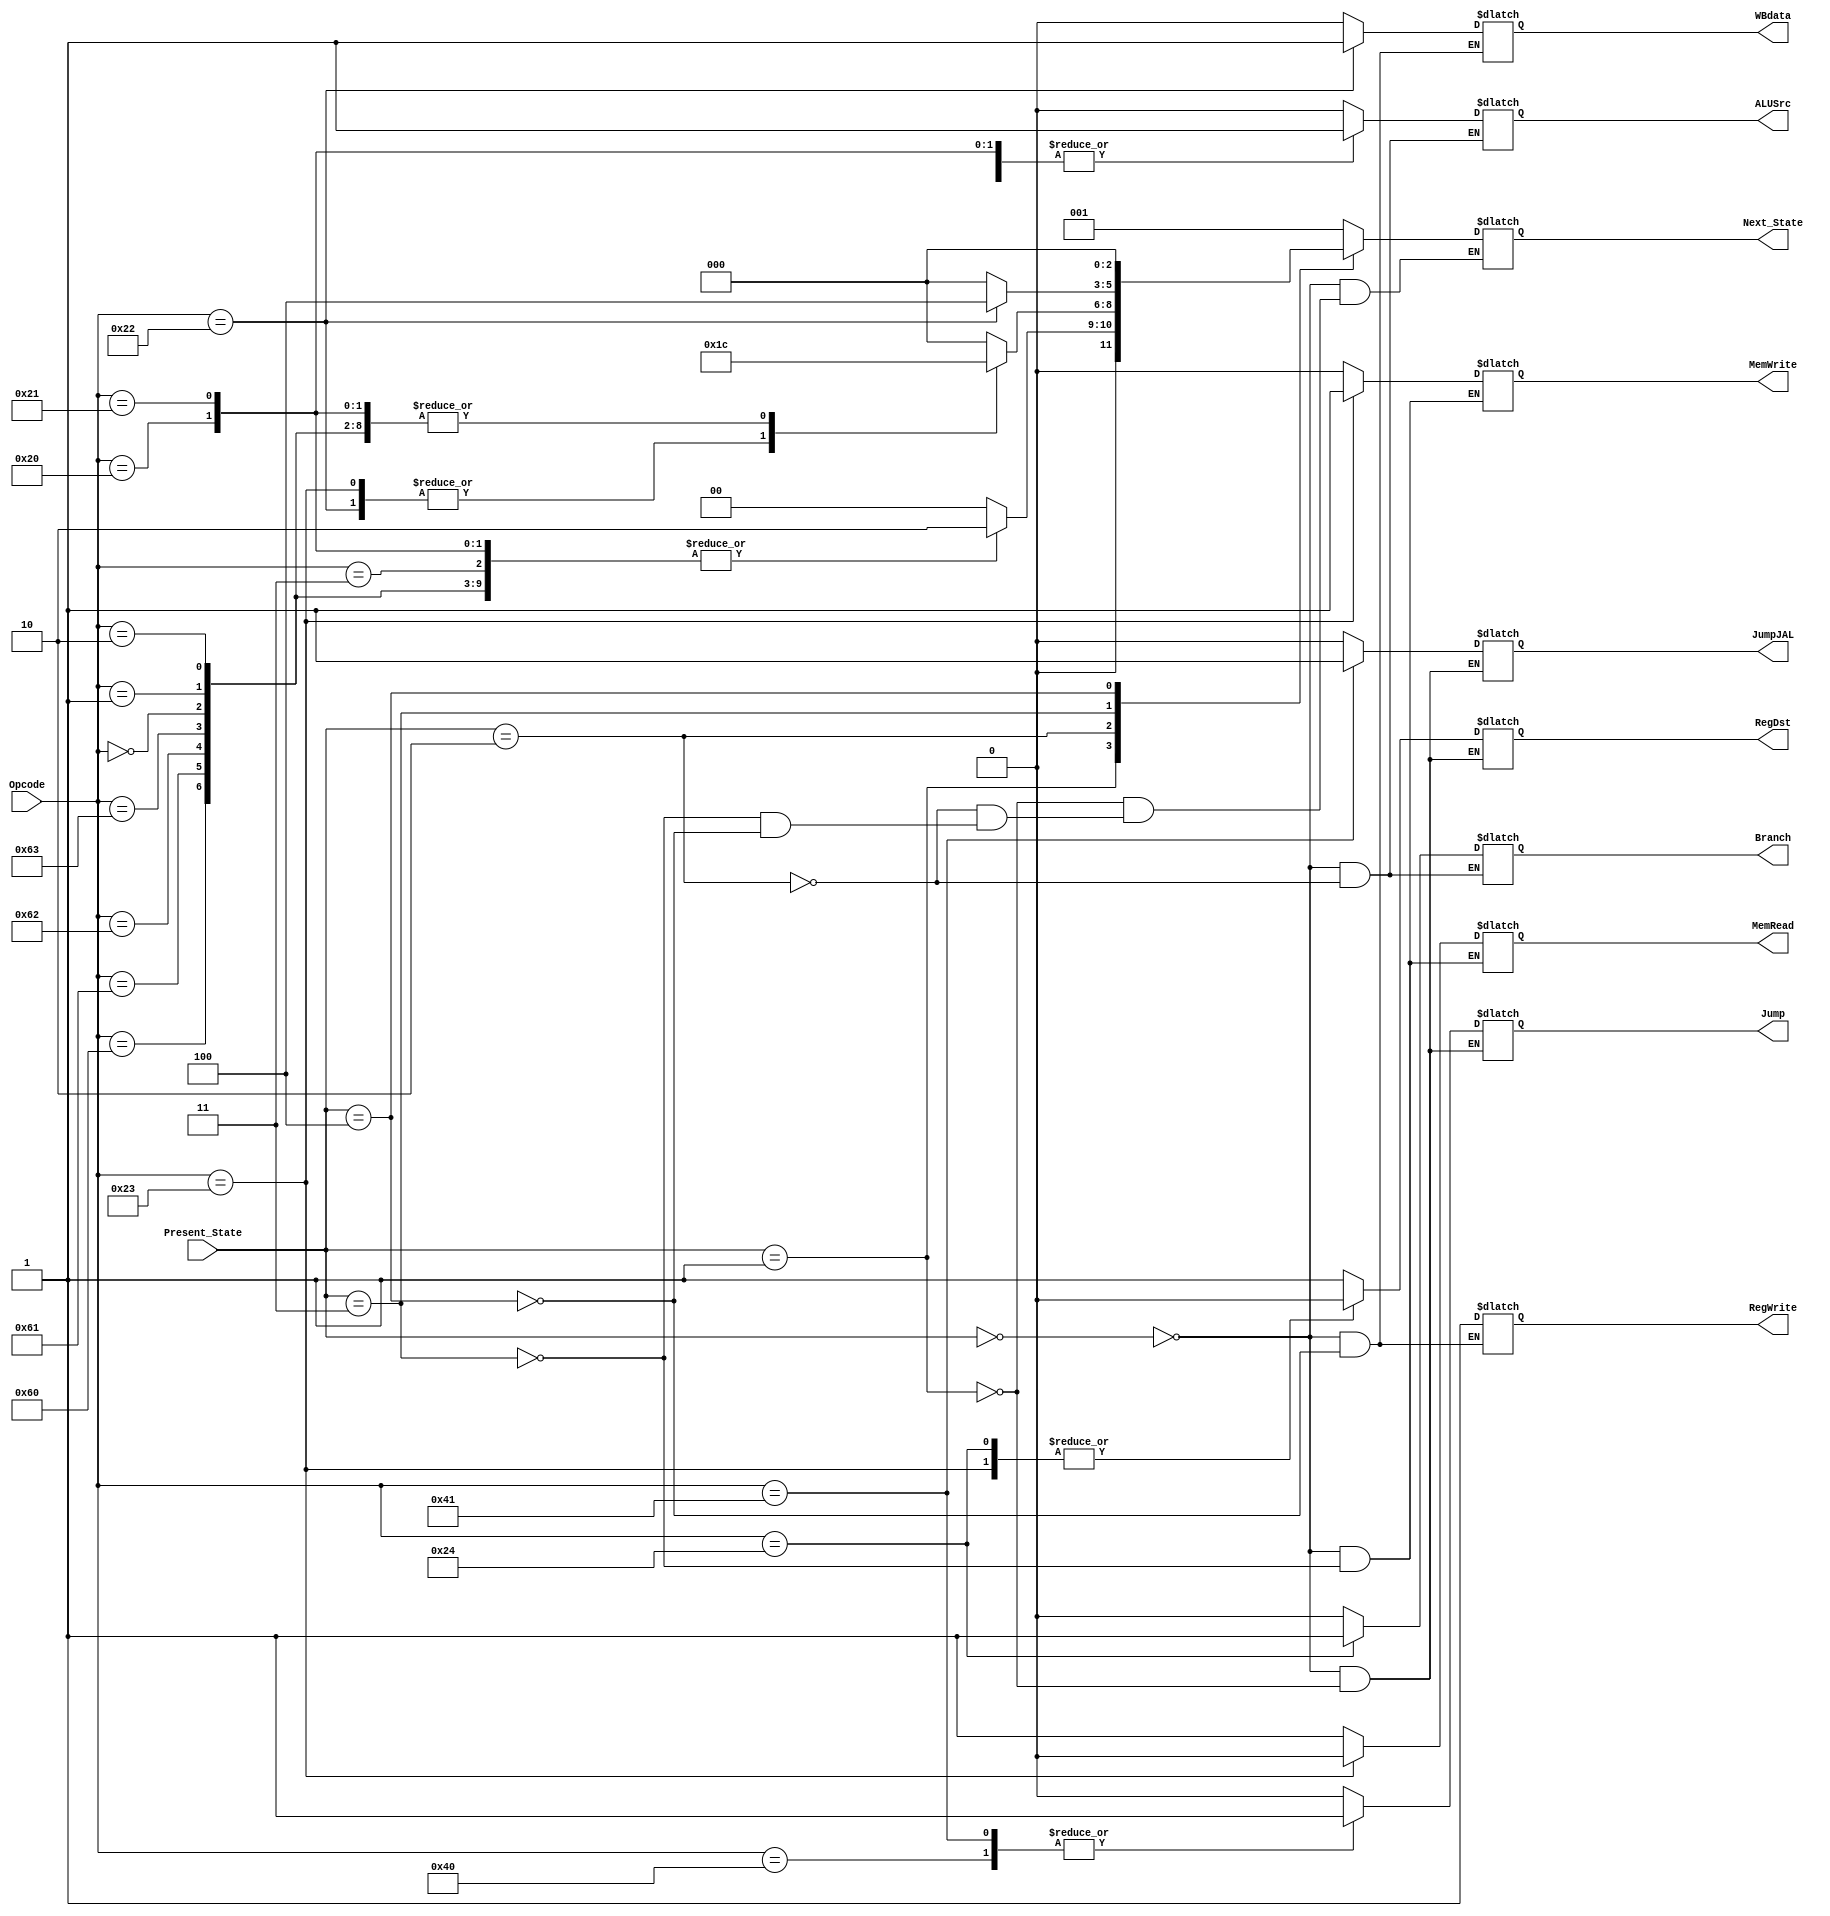
`timescale 1 ps / 100 fs	  



module controlState(    
    output reg RegDst,
    output reg ALUSrc,
    output reg WBdata,
    output reg RegWrite,
    output reg MemRead,
    output reg MemWrite,
    output reg Branch,
    output reg Jump,
    output reg JumpJAL,
    output reg [2:0] Next_State,
    input [2:0] Present_State,
    input [6:0] Opcode		 // Opcode = {instructionType, Opcode}
);

    // OpCodes
    localparam AND   = 7'b0000000,
                ADD   = 7'b0000001,
                SUB   = 7'b0000010,
                CMP   = 7'b0000011,
                ANDI  = 7'b0100000,
                ADDI  = 7'b0100001,
                LW    = 7'b0100010,
                SW    = 7'b0100011,
                BEQ   = 7'b0100100,
                J     = 7'b1000000,
                JAL   = 7'b1000001,
                SLL   = 7'b1100000,
                SLR   = 7'b1100001,
                SLLV  = 7'b1100010,
                SLRV  = 7'b1100011;

    // Stages
    localparam IF = 3'b000,
                ID = 3'b001,
                EX = 3'b010,
                MEM = 3'b011,
                WB = 3'b100;

    always @(Opcode, Present_State)
    begin
        case (Present_State)
            IF: begin // Fetch 
                RegDst = 1'bx;
                ALUSrc = 1'bx;
                WBdata = 1'bx;
                RegWrite = 1'bx;
                MemRead = 1'bx;
                MemWrite = 1'bx;
                Branch = 1'bx;
                Jump = 1'bx;
                JumpJAL = 1'bx;
                Next_State = ID;
            end
            
            ID: begin // Decode
                case (Opcode)
                    AND: begin
                        RegDst = 1'b1;
                        Jump = 1'b0;
                        JumpJAL = 1'b0;
                        Next_State = EX;
                    end
                    ADD: begin
                        RegDst = 1'b1;
                        Jump = 1'b0;
                        JumpJAL = 1'b0;
                        Next_State = EX;
                    end
                    SUB: begin
                        RegDst = 1'b1;
                        Jump = 1'b0;
                        JumpJAL = 1'b0;
                        Next_State = EX;
                    end
                    CMP: begin
                        RegDst = 1'b1;
                        Jump = 1'b0;
                        JumpJAL = 1'b0;
                        Next_State = EX;
                    end
                    ANDI: begin
                        RegDst = 1'bx;
                        Jump = 1'b0;
                        JumpJAL = 1'b0;
                        Next_State = EX;
                    end
                    ADDI: begin
                        RegDst = 1'bx;
                        Jump = 1'b0;
                        JumpJAL = 1'b0;
                        Next_State = EX;
                    end
                    LW: begin
                        RegDst = 1'bx;
                        Jump = 1'b0;
                        JumpJAL = 1'b0;
                        Next_State = EX;
                    end
                    SW: begin
                        RegDst = 1'b0;
                        Jump = 1'b0;
                        JumpJAL = 1'b0;
                        Next_State = EX;
                    end
                    BEQ: begin
                        RegDst = 1'b0;
                        Jump = 1'b0;
                        JumpJAL = 1'b0;
                        Next_State = EX;
                    end
                    J: begin
                        RegDst = 1'bx;
                        Jump = 1'b1;
                        JumpJAL = 1'b0;
                        Next_State = IF;
                    end
                    JAL: begin
                        RegDst = 1'bx;
                        Jump = 1'b1;
                        JumpJAL = 1'b1;
                        Next_State = IF;
                    end
                    SLL: begin
                        RegDst = 1'b1;
                        Jump = 1'b0;
                        JumpJAL = 1'b0;
                        Next_State = EX;
                    end
                    SLR: begin
                        RegDst = 1'b1;
                        Jump = 1'b0;
                        JumpJAL = 1'b0;
                        Next_State = EX;
                    end
                    SLLV: begin
                        RegDst = 1'b1;
                        Jump = 1'b0;
                        JumpJAL = 1'b0;
                        Next_State = EX;
                    end
                    SLRV: begin
                        RegDst = 1'b1;
                        Jump = 1'b0;
                        JumpJAL = 1'b0;
                        Next_State = EX;
                    end
                    default: begin
                        // Handle unrecognized opcode
                        RegDst = 1'bx;
                        Jump = 1'bx;
                        JumpJAL = 1'bx;
                        Next_State = IF;
                    end
                endcase
            end
            EX: begin // Execute
                case (Opcode)
                    AND: begin
                        ALUSrc = 1'b0;
                        Branch = 1'b0;
                        Next_State = WB;
                    end
                    ADD: begin
                        ALUSrc = 1'b0;
                        Branch = 1'b0;
                        Next_State = WB;
                    end
                    SUB: begin
                        ALUSrc = 1'b0;
                        Branch = 1'b0;
                        Next_State = WB;
                    end
                    CMP: begin
                        ALUSrc = 1'b0;
                        Branch = 1'b0;
                        Next_State = IF;
                    end
                    ANDI: begin
                        ALUSrc = 1'b1;
                        Branch = 1'b0;
                        Next_State = WB;
                    end
                    ADDI: begin
                        ALUSrc = 1'b1;
                        Branch = 1'b0;
                        Next_State = WB;
                    end
                    LW: begin
                        ALUSrc = 1'b1;
                        Branch = 1'b0;
                        Next_State = MEM;
                    end
                    SW: begin
                        ALUSrc = 1'b1;
                        Branch = 1'b0;
                        Next_State = MEM;
                    end
                    BEQ: begin
                        ALUSrc = 1'b0;
                        Branch = 1'b1;
                        Next_State = IF;
                    end
                    SLL: begin
                        ALUSrc = 1'b0;
                        Branch = 1'b0;
                        Next_State = WB;
                    end
                    SLR: begin
                        ALUSrc = 1'b0;
                        Branch = 1'b0;
                        Next_State = WB;
                    end
                    SLLV: begin
                        ALUSrc = 1'b0;
                        Branch = 1'b0;
                        Next_State = WB;
                    end
                    SLRV: begin
                        ALUSrc = 1'b0;
                        Branch = 1'b0;
                        Next_State = WB;
                    end
                    default: begin
                        ALUSrc = 1'bx;
                        Branch = 1'bx;
                        Next_State = IF;
                    end
                endcase
            end
            MEM: begin // Memory
                case (Opcode)
                    LW: begin
                        MemRead = 1'b1;
                        MemWrite = 1'b0;
                        Next_State = WB;
                    end
                    SW: begin
                        MemRead = 1'b0;
                        MemWrite = 1'b1;
                        Next_State = IF;
                    end
                    default: begin
                        // Handle unrecognized opcode
                        MemRead = 1'bx;
                        MemWrite = 1'bx;
                        Next_State = IF;
                    end
                endcase
            end
            
            WB: begin // Writeback
                case (Opcode)
                    AND: begin
                        WBdata = 1'b0;
                        RegWrite = 1'b1;
                        Next_State = IF;
                    end
                    ADD: begin
                        WBdata = 1'b0;
                        RegWrite = 1'b1;
                        Next_State = IF;
                    end
                    SUB: begin
                        WBdata = 1'b0;
                        RegWrite = 1'b1;
                        Next_State = IF;
                    end
                    ANDI: begin
                        WBdata = 1'b0;
                        RegWrite = 1'b1;
                        Next_State = IF;
                    end
                    ADDI: begin
                        WBdata = 1'b0;
                        RegWrite = 1'b1;
                        Next_State = IF;
                    end
                    LW: begin
                        WBdata = 1'b1;
                        RegWrite = 1'b1;
                        Next_State = IF;
                    end
                    SLL: begin
                        WBdata = 1'b0;
                        RegWrite = 1'b1;
                        Next_State = IF;
                    end
                    SLR: begin
                        WBdata = 1'b0;
                        RegWrite = 1'b1;
                        Next_State = IF;
                    end
                    SLLV: begin
                        WBdata = 1'b0;
                        RegWrite = 1'b1;
                        Next_State = IF;
                    end
                    SLRV: begin
                        WBdata = 1'b0;
                        RegWrite = 1'b1;
                        Next_State = IF;
                    end
                    default: begin
                        // Handle unrecognized opcode
                        WBdata = 1'bx;
                        RegWrite = 1'bx;
                        Next_State = IF;
                    end
                endcase
            end
        endcase
    end
endmodule